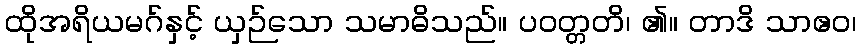
ထိုအရိယမဂ်နှင့် ယှဉ်သော သမာဓိသည်။ ပဝတ္တတိ၊ ၏။ တာဒိ သာဧဝ၊